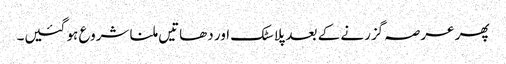
پھر عرصہ گزرنے کے بعد پلاسٹک اور دھاتیں ملنا شروع ہو گئیں۔